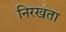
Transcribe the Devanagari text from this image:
निरखता